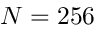
N = 2 5 6